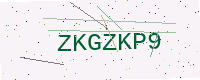
Text: ZKGZKP9